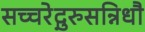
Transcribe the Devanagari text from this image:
सच्चरेद्गुरुसन्निधौ